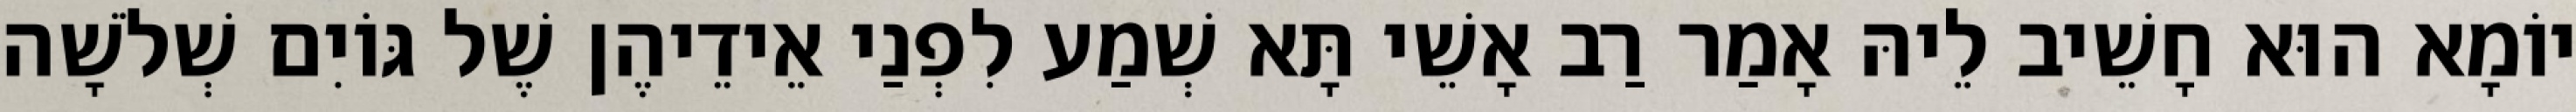
יוֹמָא הוּא חָשֵׁיב לֵיהּ אָמַר רַב אָשֵׁי תָּא שְׁמַע לִפְנַי אֵידֵיהֶן שֶׁל גּוֹיִם שְׁלֹשָׁה